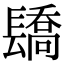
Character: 𨲭